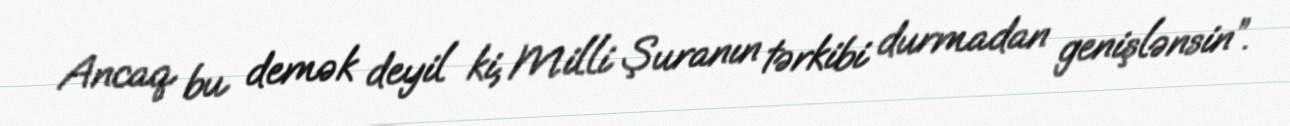
Ancaq bu demək deyil ki, Milli Şuranın tərkibi durmadan genişlənsin”.